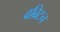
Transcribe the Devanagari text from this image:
वब्रिटन